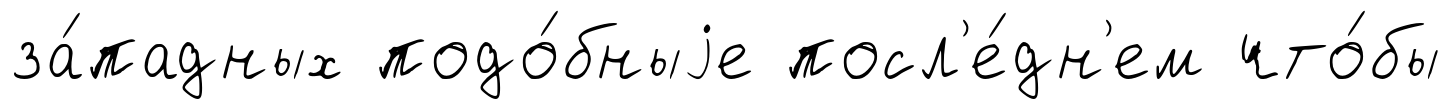
за́падных подо́бныjе посл'е́дн'ем что́бы